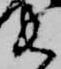
衛